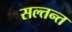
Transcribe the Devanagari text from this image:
सल्तन्त